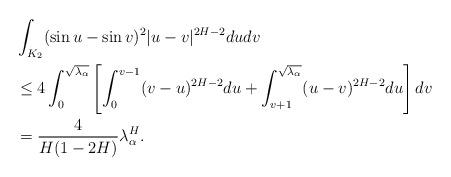
LaTeX: \begin{align*}&\int_{K_2} (\sin u-\sin v)^2|u-v|^{2H-2}dudv \\&\leq 4\int_0^{\sqrt{\lambda_\alpha}} \left[\int_0^{v-1} (v-u)^{2H-2}du+\int_{v+1}^{\sqrt{\lambda_\alpha}} (u-v)^{2H-2}du\right] dv \\&=\frac{4}{H(1-2H)}\lambda_\alpha^H.\end{align*}